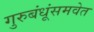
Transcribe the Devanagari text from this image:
गुरुबंधूंसमवेत